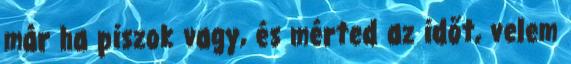
már ha piszok vagy, és mérted az időt, velem